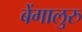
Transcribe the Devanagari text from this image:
बेंगालुरु